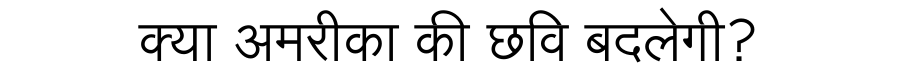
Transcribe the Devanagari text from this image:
क्या अमरीका की छवि बदलेगी?